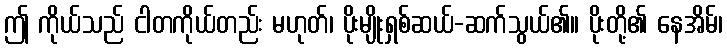
ဤ ကိုယ်သည် ငါတကိုယ်တည်း မဟုတ်၊ ပိုးမျိုးရှစ်ဆယ်-ဆက်သွယ်၏။ ပိုးတို့၏ နေအိမ်၊